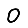
Digit: 0